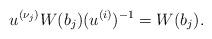
LaTeX: \begin{align*} u^{(\nu_j)} W(b_j) (u^{(i)})^{-1} = W(b_j). \end{align*}